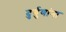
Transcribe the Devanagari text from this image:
दुर्गुणांना